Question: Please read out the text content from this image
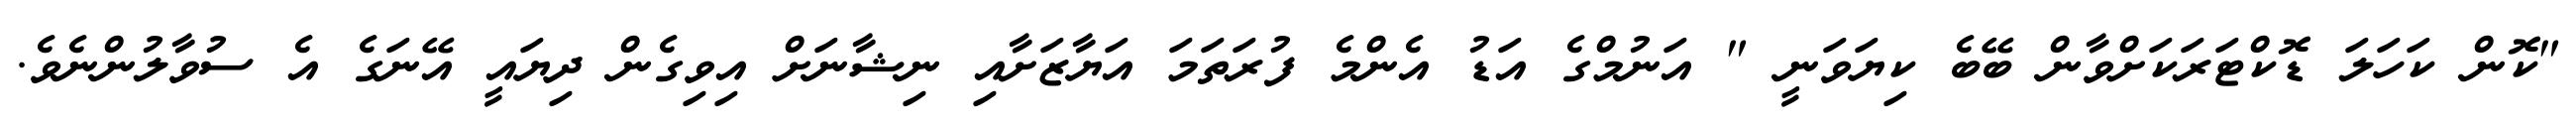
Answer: "ކޮން ކަހަލަ ޑޮކްޓަރަކަށްވާން ބޭބެ ކިޔަވަނީ " އަނުމްގެ އަޑު އެންމެ ފުރަތަމަ އަޔާޒަށާއި ނިޝާނަށް އިވިގެން ދިޔައީ އޭނަގެ އެ ސުވާލުންނެވެ.